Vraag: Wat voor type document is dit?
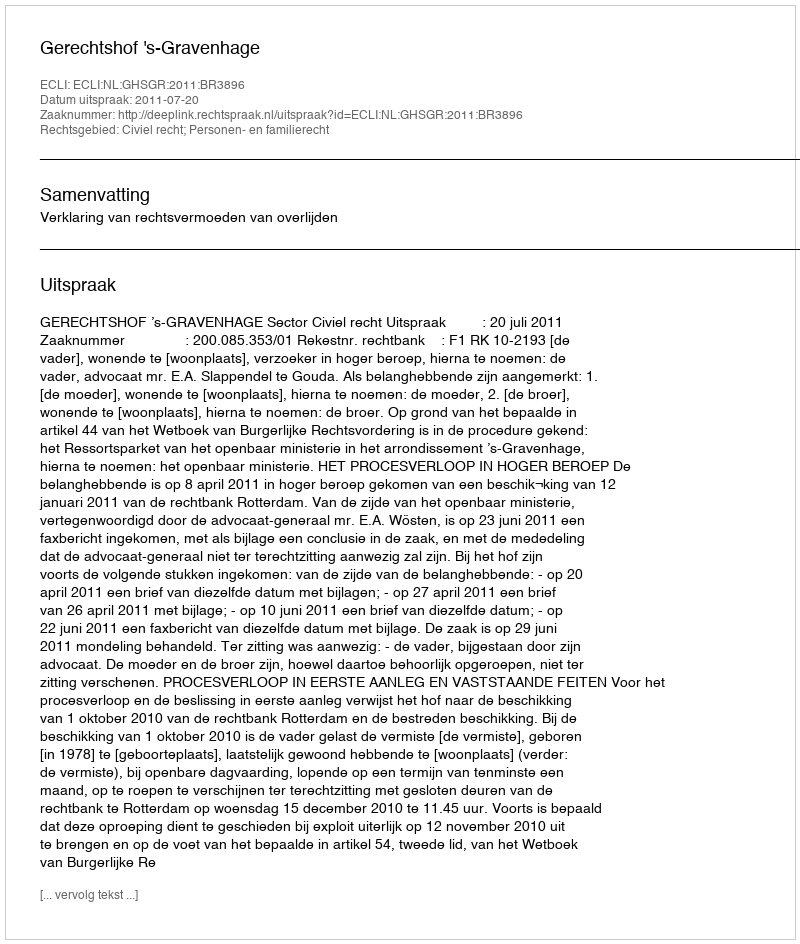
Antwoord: Uitspraak